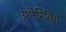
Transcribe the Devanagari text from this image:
अमेरिकिा